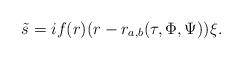
LaTeX: \begin{align*} \tilde s = i f(r) (r-r_{a,b} (\tau, \Phi, \Psi))\xi.\end{align*}